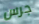
جرس